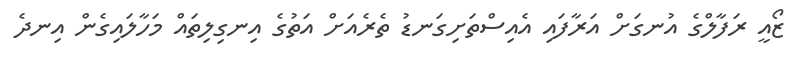
ޒޯއީ ރަފާލްގެ އުނގަށް އަރާފައި އެއިސްތަށިގަނޑު ތެރެއަށް އަތުގެ އިނގިލިތައް މަހާލައިގެން އިނދެ